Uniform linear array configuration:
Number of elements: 8
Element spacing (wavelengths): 0.25
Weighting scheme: kaiser
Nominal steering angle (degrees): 60
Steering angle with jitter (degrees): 59.095
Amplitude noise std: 0.05
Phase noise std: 0.05

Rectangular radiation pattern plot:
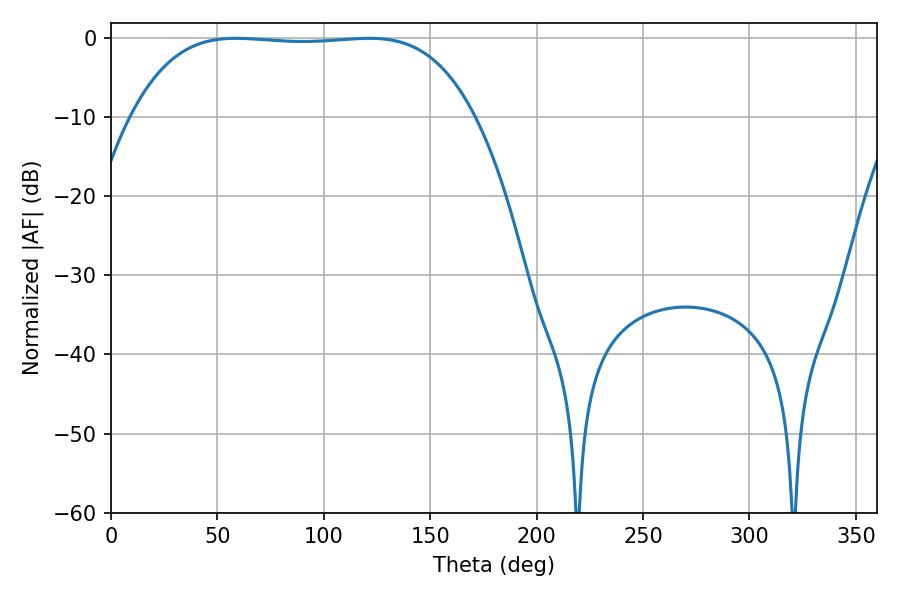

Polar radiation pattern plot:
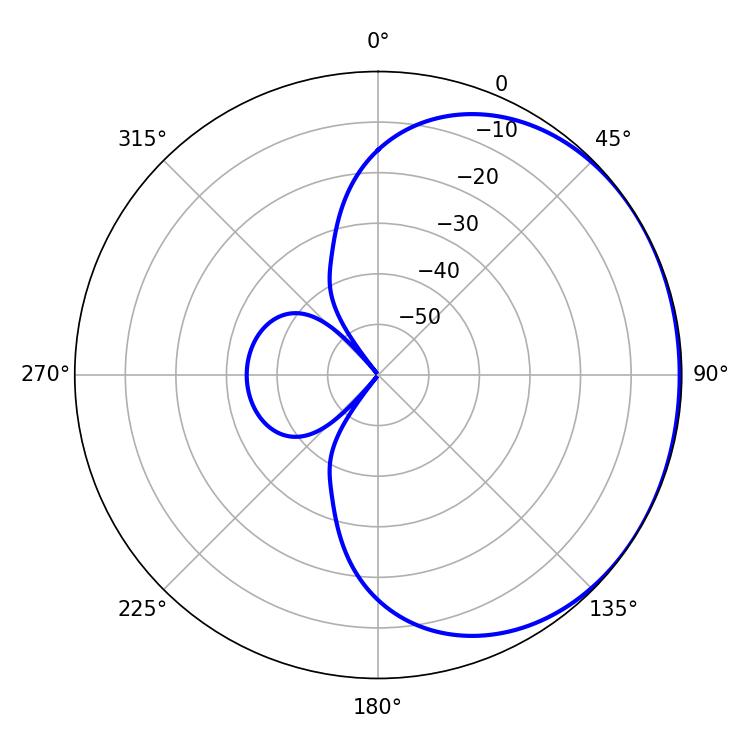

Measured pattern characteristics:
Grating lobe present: FALSE
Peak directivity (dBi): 0.7437
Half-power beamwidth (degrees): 125.28
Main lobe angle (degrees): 58.68